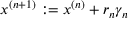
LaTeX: x ^ { ( n + 1 ) } : = x ^ { ( n ) } + r _ { n } \gamma _ { n }